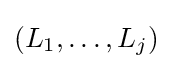
(L_{1},\dots ,L_{j})